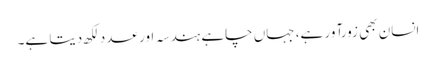
انسان بھی زورآور ہے، جہاں چاہے ہندسہ اور عدد لکھ دیتا ہے۔